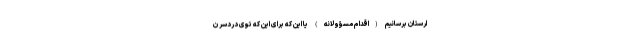
ارستان برسانیم (اقدام مسؤولانه) یا این که برای این که توی دردسر ن